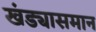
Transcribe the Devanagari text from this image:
खंड्यासमान